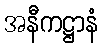
အနီကဋ္ဌာနံ